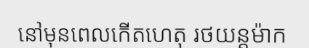
នៅមុនពេលកើតហេតុ រថយន្តម៉ាក